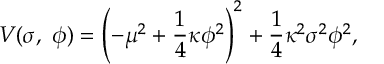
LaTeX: V ( \sigma , \ \phi ) = \left( - \mu ^ { 2 } + \frac 1 4 \kappa \phi ^ { 2 } \right) ^ { 2 } + \frac 1 4 \kappa ^ { 2 } \sigma ^ { 2 } \phi ^ { 2 } ,